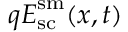
q \boldsymbol { E } _ { \mathrm { s c } } ^ { \mathrm { s m } } ( \boldsymbol { x } , t )